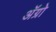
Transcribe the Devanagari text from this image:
अॅग्रो